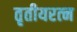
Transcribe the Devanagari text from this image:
तृतीयरत्‍न